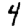
Digit: 4